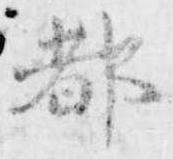
都